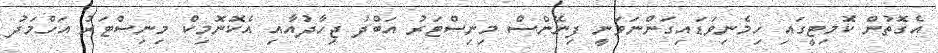
އެގޮތުން ކޮމިޓީގައި ހިމެނިވަޑައިގަންނަވަނީ ފިނޭންސް މިނިސްޓަރު އަބްދު ޖިހާދުއާއި އެކޮނޮމިކް މިނިސްޓަރު އަހްމަދު